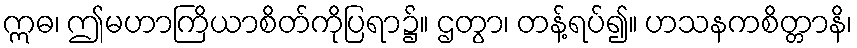
ဣဓ၊ ဤမဟာကြိယာစိတ်ကိုပြရာ၌။ ဌတွာ၊ တန့်ရပ်၍။ ဟသနကစိတ္တာနိ၊